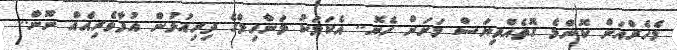
މެހެރްއަށް ކޮންމެ ގޮތެއްވިޔަސް މަށަށް ހެޔޮ.. އެކަމަކު މަނާހިލްގެ ދިރިއުޅުން އުފާވެރިއެއް ނޫން..